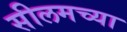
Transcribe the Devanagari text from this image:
सीलमच्या